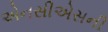
એનસીએસની